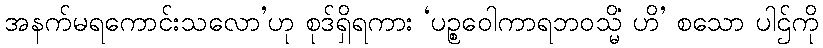
အနက်မရကောင်းသလော’ဟု စုဒ်ရှိရကား ‘ပဉ္စဝေါကာရဘဝသ္မိံ ဟိ’ စသော ပါဌ်ကို